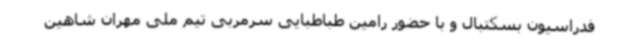
فدراسیون بسکتبال و با حضور رامین طباطبایی سرمربی تیم ملی مهران شاهین